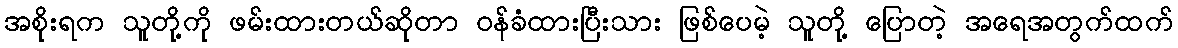
အစိုးရက သူတို့ကို ဖမ်းထားတယ်ဆိုတာ ဝန်ခံထားပြီးသား ဖြစ်ပေမဲ့ သူတို့ ပြောတဲ့ အရေအတွက်ထက်